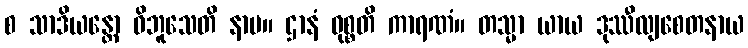
စ သာဒိယန္တော ဝိဘူသေတိ နာမ။ ဌာနံ ဝုစ္စတိ ကာရဏံ။ တသ္မာ ယာယ ဒုဿီလျစေတနာယ